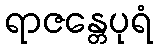
ရာဇန္တေပုရံ